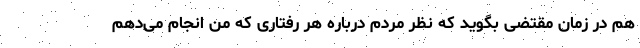
هم در زمان مقتضی بگوید که نظر مردم درباره هر رفتاری که من انجام می‌دهم